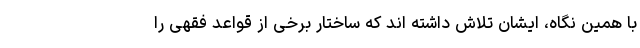
با همین نگاه، ایشان تلاش داشته اند که ساختار برخی از قواعد فقهی را